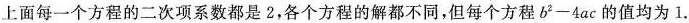
上面每一个方程的二次项系数都是2，各个方程的解都不同，但每个方程$$b^{2}-4ac$$的值均为1.